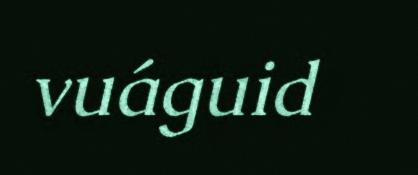
vuáguid